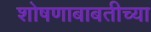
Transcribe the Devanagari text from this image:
शोषणाबाबतीच्या